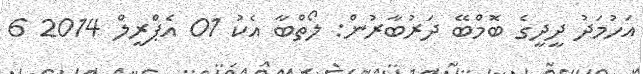
އަހުމަދު ދީދީގެ ބޮމްބޭ ދަރުބާރުން: ލޯތްބާ އެކު 01 އެޕްރީލް 2014 6